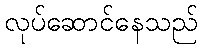
လုပ်ဆောင်နေသည်